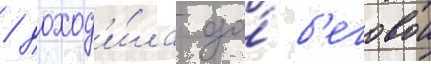
/ доход'и́ла до́ б'еговои